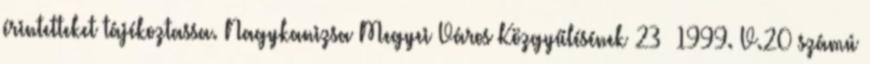
érintetteket tájékoztassa. Nagykanizsa Megyei Város Közgyűlésének 23 1999. V.20 számú